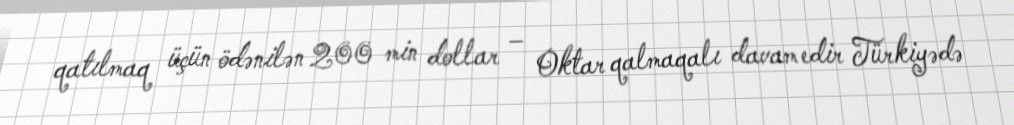
qatılmaq üçün ödənilən 200 min dollar – Oktar qalmaqalı davam edir Türkiyədə